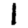
Digit: 1